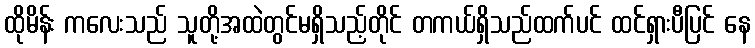
ထိုမိန်း ကလေးသည် သူတို့အထဲတွင်မရှိသည့်တိုင် တကယ်ရှိသည်ထက်ပင် ထင်ရှားပီပြင် နေ